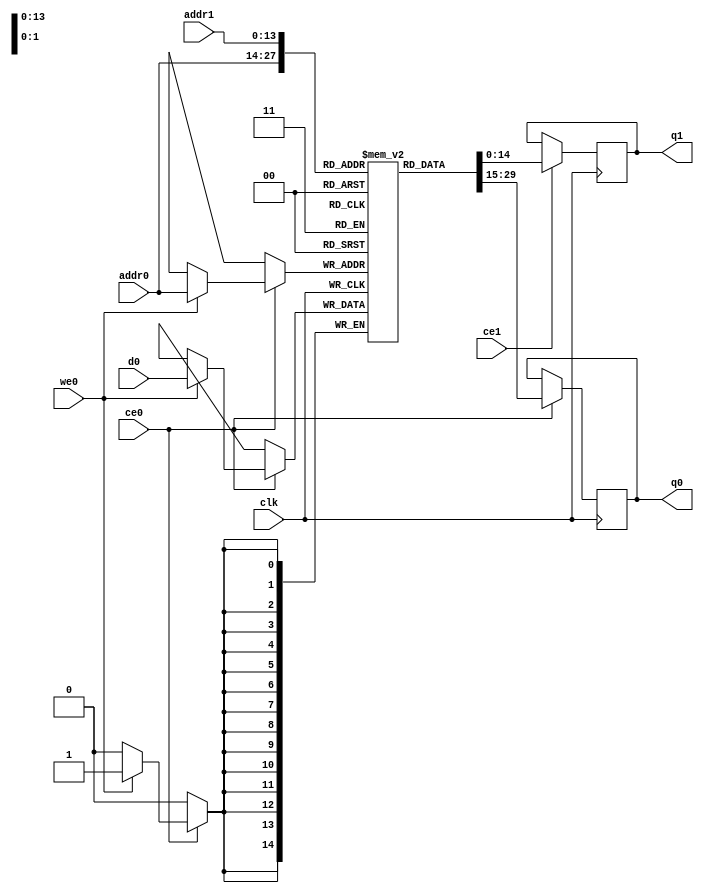
// ==============================================================
// Vitis HLS - High-Level Synthesis from C, C++ and OpenCL v2020.1 (64-bit)
// Copyright 1986-2020 Xilinx, Inc. All Rights Reserved.
// ==============================================================
`timescale 1 ns / 1 ps
module process_element_L1_output_fmap_ReLu_V_ram (addr0, ce0, d0, we0, q0, addr1, ce1, q1,  clk);

parameter DWIDTH = 15;
parameter AWIDTH = 14;
parameter MEM_SIZE = 14400;

input[AWIDTH-1:0] addr0;
input ce0;
input[DWIDTH-1:0] d0;
input we0;
output reg[DWIDTH-1:0] q0;
input[AWIDTH-1:0] addr1;
input ce1;
output reg[DWIDTH-1:0] q1;
input clk;

(* ram_style = "block" *)reg [DWIDTH-1:0] ram[0:MEM_SIZE-1];




always @(posedge clk)  
begin 
    if (ce0) begin
        if (we0) 
            ram[addr0] <= d0; 
        q0 <= ram[addr0];
    end
end


always @(posedge clk)  
begin 
    if (ce1) begin
        q1 <= ram[addr1];
    end
end


endmodule

`timescale 1 ns / 1 ps
module process_element_L1_output_fmap_ReLu_V(
    reset,
    clk,
    address0,
    ce0,
    we0,
    d0,
    q0,
    address1,
    ce1,
    q1);

parameter DataWidth = 32'd15;
parameter AddressRange = 32'd14400;
parameter AddressWidth = 32'd14;
input reset;
input clk;
input[AddressWidth - 1:0] address0;
input ce0;
input we0;
input[DataWidth - 1:0] d0;
output[DataWidth - 1:0] q0;
input[AddressWidth - 1:0] address1;
input ce1;
output[DataWidth - 1:0] q1;



process_element_L1_output_fmap_ReLu_V_ram process_element_L1_output_fmap_ReLu_V_ram_U(
    .clk( clk ),
    .addr0( address0 ),
    .ce0( ce0 ),
    .we0( we0 ),
    .d0( d0 ),
    .q0( q0 ),
    .addr1( address1 ),
    .ce1( ce1 ),
    .q1( q1 ));

endmodule